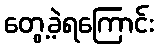
တွေ့ခဲ့ရကြောင်း